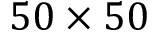
5 0 \times 5 0